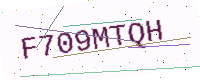
Text: F709MTQH